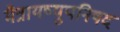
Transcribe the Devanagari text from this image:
मैत्रायष्युपनिषद